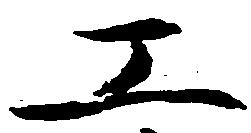
工